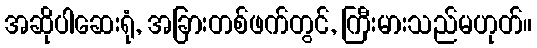
အဆိုပါဆေးရုံ, အခြားတစ်ဖက်တွင်, ကြီးမားသည်မဟုတ်။